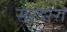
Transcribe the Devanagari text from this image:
सरदारो